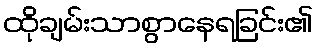
ထိုချမ်းသာစွာနေရခြင်း၏